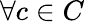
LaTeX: \forall c\in C